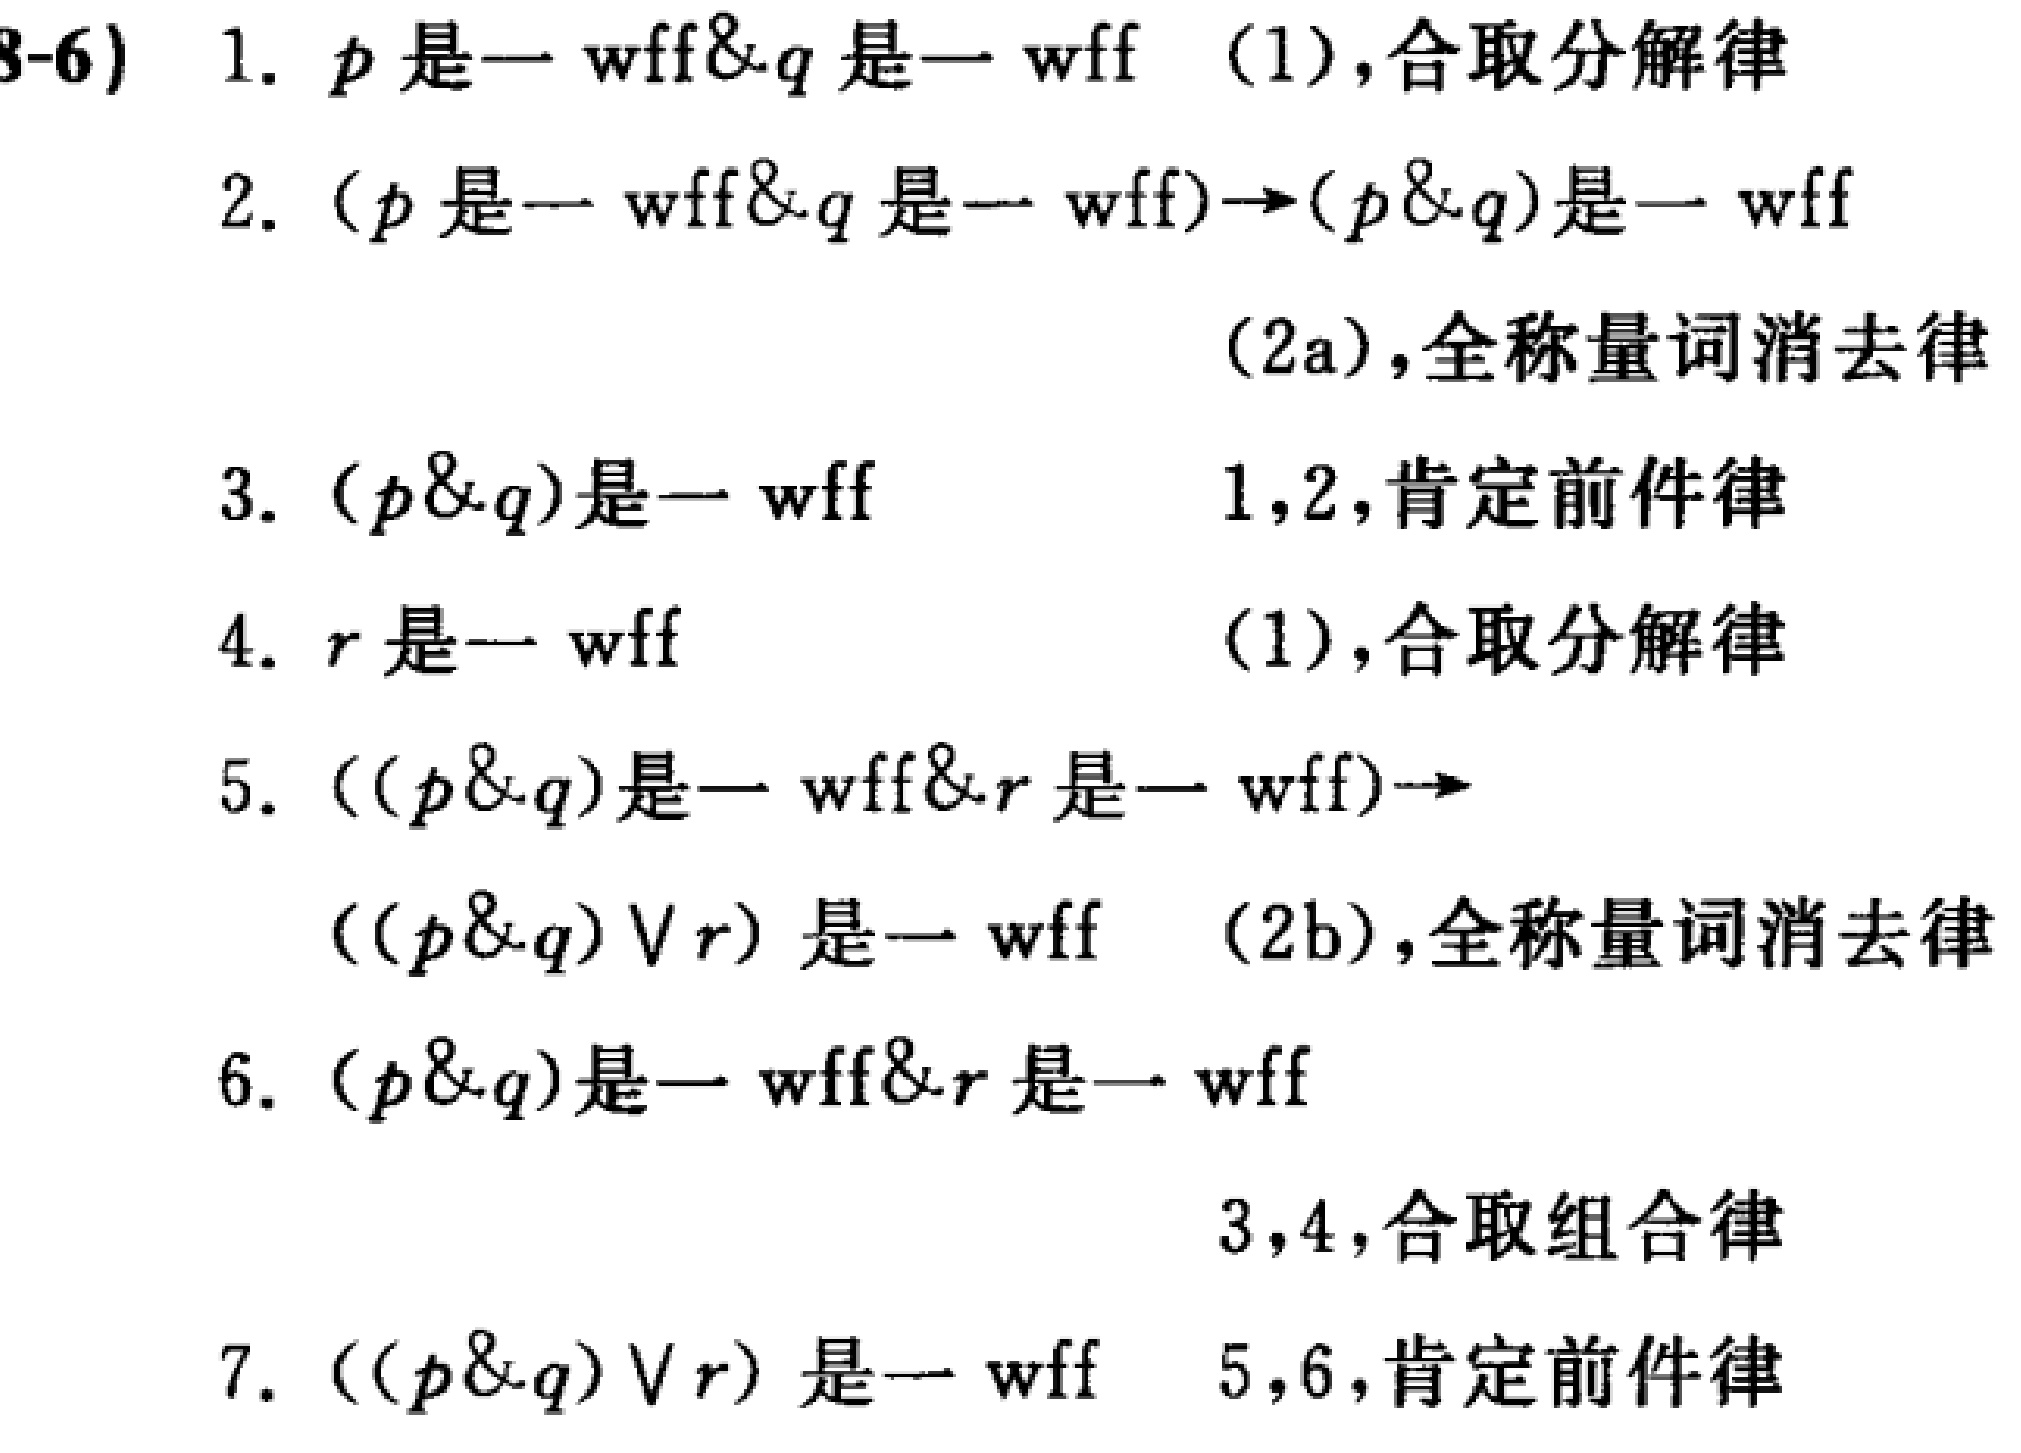
\begin{enumerate}

\item $p$ 是一 wff\&$q$ 是一 wff （1）,合取分解律

\item $(p$ 是一 wff\&$q$ 是一 wff$)\to(p\&q)$ 是一 wff （2a）,全称量词消去律

\item $(p\&q)$ 是一 wff 1,2,肯定前件律

\item $r$ 是一 wff （1）,合取分解律

\item $((p\&q)$ 是一 wff\&$r$ 是一 wff$)\to((p\&q)\vee r)$ 是一 wff （2b）,全称量词消去律

\item $(p\&q)$ 是一 wff\&$r$ 是一 wff 3,4,合取组合律

\item $((p\&q)\vee r)$ 是一 wff 5,6,肯定前件律

\end{enumerate}